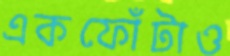
একফোঁটাও